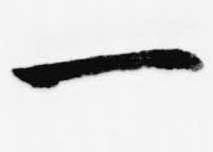
一